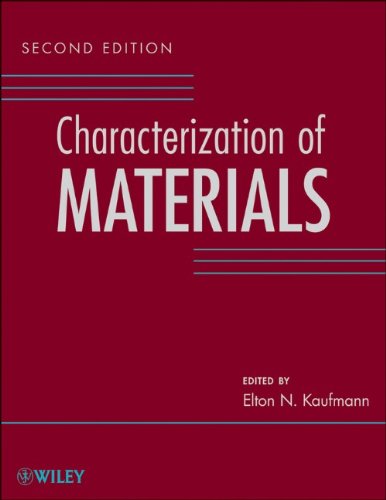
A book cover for Characterization of Materials, 3 Volume Set; Elton N. Kaufmann; Science & Math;